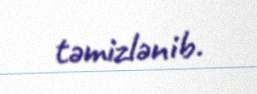
təmizlənib.